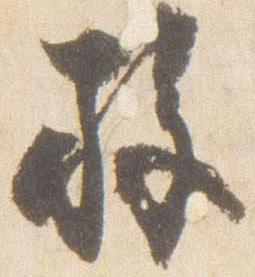
施